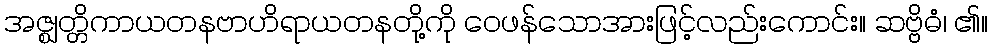
အဇ္ဈတ္တိကာယတနဗာဟိရာယတနတို့ကို ဝေဖန်သောအားဖြင့်လည်းကောင်း။ ဆဗ္ဗိဓံ၊ ၏။